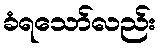
ခံရသော်လည်း